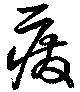
癈